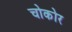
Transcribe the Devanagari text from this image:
चोकोर